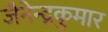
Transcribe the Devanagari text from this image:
जैनेन्द्रकुमार